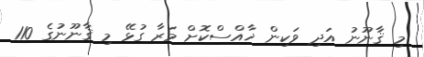
މި ޤާނޫނު އަދި ވަކިން ޚާއްސްކޮށް މަރާ ގުޅޭ މި ޤާނޫނުގެ 110